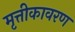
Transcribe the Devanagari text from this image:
मृत्तीकावरण